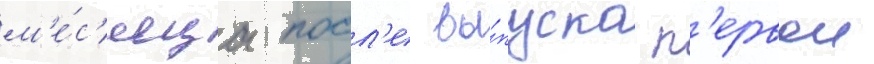
м'е́с'яца посл'е вы́пуска п'ервои